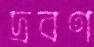
দ্রবণ